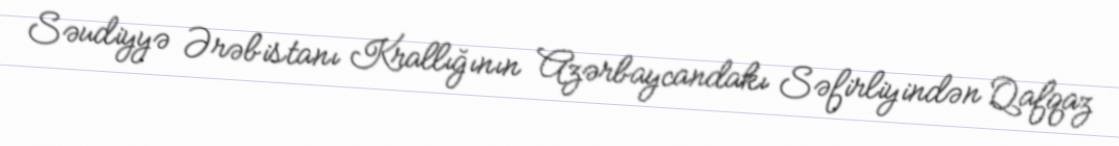
Səudiyyə Ərəbistanı Krallığının Azərbaycandakı Səfirliyindən Qafqaz